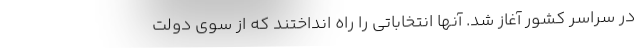
در سراسر کشور آغاز شد. آنها انتخاباتی را راه انداختند که از سوی دولت